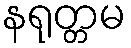
နရုတ္တမ